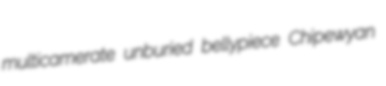
multicamerate unburied bellypiece Chipewyan